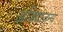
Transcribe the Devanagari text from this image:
अविद्याजन्य